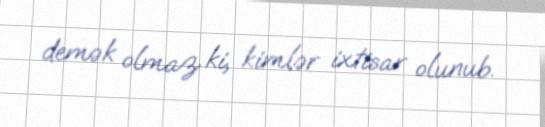
demək olmaz ki, kimlər ixtisar olunub.